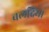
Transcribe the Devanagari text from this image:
बलदिया